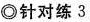
◎针对练3